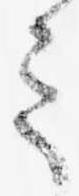
ミ